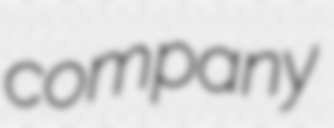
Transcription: company